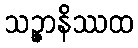
သဉ္ဇာနိဿထ